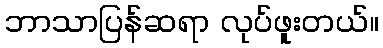
ဘာသာပြန်ဆရာ လုပ်ဖူးတယ်။